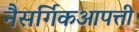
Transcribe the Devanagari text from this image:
नैसर्गिकआपत्ती